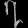
Digit: ၇